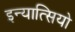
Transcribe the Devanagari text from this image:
इन्यात्सियो